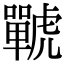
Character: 𧈍